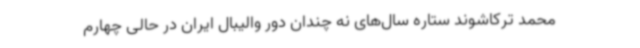
محمد ترکاشوند ستاره سال‌های نه چندان دور والیبال ایران در حالی چهارم